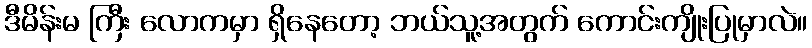
ဒီမိန်းမ ကြီး လောကမှာ ရှိနေတော့ ဘယ်သူ့အတွက် ကောင်းကျိုးပြုမှာလဲ။